Report on the bubonic plague in Bombay, 1896-1897
Year: 1896
Disease focus: Plague
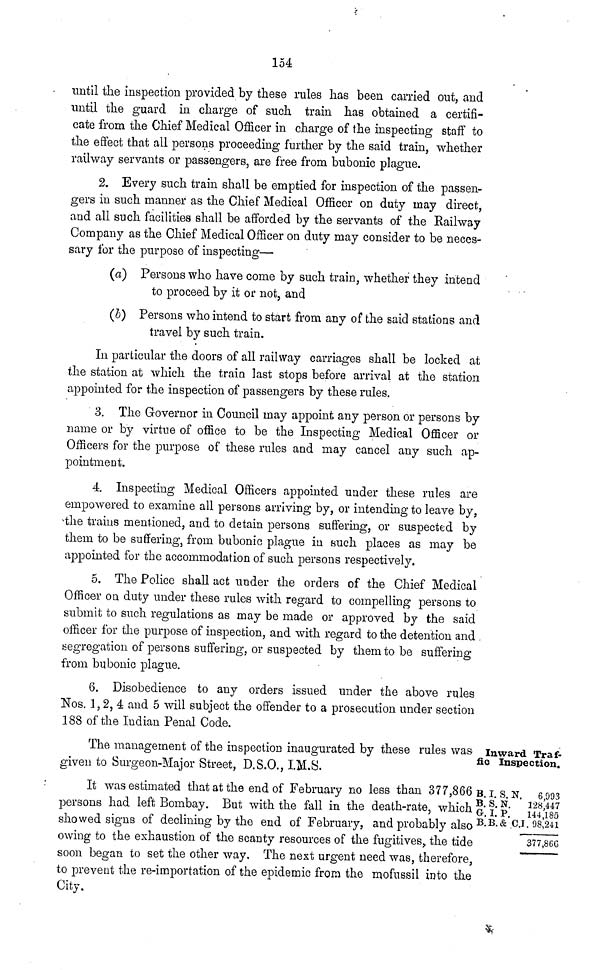
154
until the inspection provided by these rules has been carried out, and
until the guard in charge of such train has obtained a certifi-
cate from the Chief Medical Officer in charge of the inspecting staff to
the effect that all persons proceeding further by the said train, whether
railway servants or passengers, are free from bubonic plague.
2. Every such train shall be emptied for inspection of the passen-
gers in such manner as the Chief Medical Officer on duty may direct,
and all such facilities shall be afforded by the servants of the Railway
Company as the Chief Medical Officer on duty may consider to be neces-
sary for the purpose of inspecting—
(a) Persons who have come by such train, whether they intend
to proceed by it or not, and
(b) Persons who intend to start from any of the said stations and
travel by such train.
In particular the doors of all railway carriages shall be locked at
the station at which the train last stops before arrival at the station
appointed for the inspection of passengers by these rules.
3. The Governor in Council may appoint any person or persons by
name or by virtue of office to be the Inspecting Medical Officer or
Officers for the purpose of these rules and may cancel any such ap-
pointment.
4. Inspecting Medical Officers appointed under these rules are
empowered to examine all persons arriving by, or intending to leave by,
the trains mentioned, and to detain persons suffering, or suspected by
them to be suffering, from bubonic plague in such places as may be
appointed for the accommodation of such persons respectively.
5. The Police shall act under the orders of the Chief Medical
Officer on duty under these rules with regard to compelling persons to
submit to such regulations as may be made or approved by the said
officer for the purpose of inspection, and with regard to the detention and
segregation of persons suffering, or suspected by them to be suffering
from bubonic plague.
6. Disobedience to any orders issued under the above rules
Nos. 1, 2, 4 and 5 will subject the offender to a prosecution under section
188 of the Indian Penal Code.
Inward Traf-
fic Inspection.
The management of the inspection inaugurated by these rules was
given to Surgeon-Major Street, D.S.O., I.M.S.
B. I. S. N. 6 993
B. S. N.
128,447
G. I. P. 144,185
B.B.& C.J. 98,241
377,866
It was estimated that at the end of February no less than 377,866
persons had left Bombay. But with the fall in the death-rate, which
showed signs of declining by the end of February, and probably also
owing to the exhaustion of the scanty resources of the fugitives, the tide
soon began to set the other way. The next urgent need was, therefore,
to prevent the re-importation of the epidemic from the mofussii into the
City.